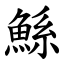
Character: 鯀